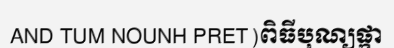
AND TUM NOUNH PRET)ពិធីបុណ្យផ្កា